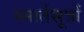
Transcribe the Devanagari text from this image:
स्मार्तसूत्रों